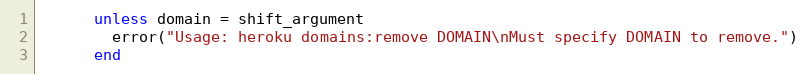
Language: Ruby
      unless domain = shift_argument
        error("Usage: heroku domains:remove DOMAIN\nMust specify DOMAIN to remove.")
      end